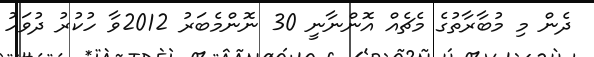
ދެން މި މުބާރާތުގެ މެޗެއް އޮންނާނީ 30 ނޮންމެބަރު 2012ވާ ހުކުރު ދުވަހު